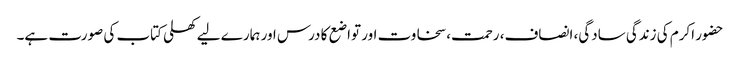
حضور اکرم کی زندگی سادگی، انصاف، رحمت، سخاوت اور تواضع کا درس اور ہمارے لیے کھلی کتاب کی صورت ہے۔